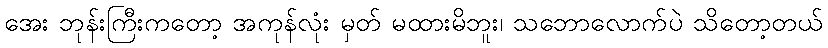
အေး ဘုန်းကြီးကတော့ အကုန်လုံး မှတ် မထားမိဘူး၊ သဘောလောက်ပဲ သိတော့တယ်